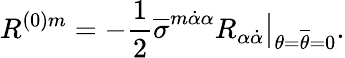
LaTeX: R^{(0)m}=-{\frac{1}{2}}\overline{{\sigma}}^{m\dot{\alpha}\alpha}R_{\alpha\dot{\alpha}}\bigr|_{\theta=\overline{{\theta}}=0}.